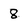
Character: 8